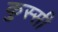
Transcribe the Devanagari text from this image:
कुस्सी